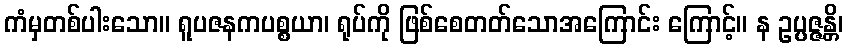
ကံမှတစ်ပါးသော။ ရူပဇနကပစ္စယာ၊ ရုပ်ကို ဖြစ်စေတတ်သောအကြောင်း ကြောင့်။ န ဥပ္ပဇ္ဇန္တိ၊